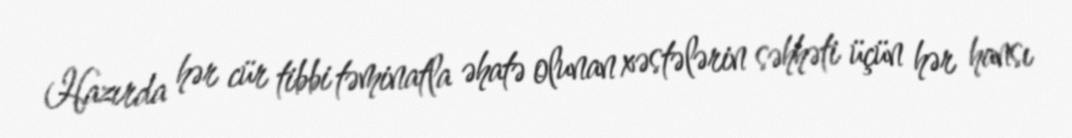
Hazırda hər cür tibbi təminatla əhatə olunan xəstələrin səhhəti üçün hər hansı